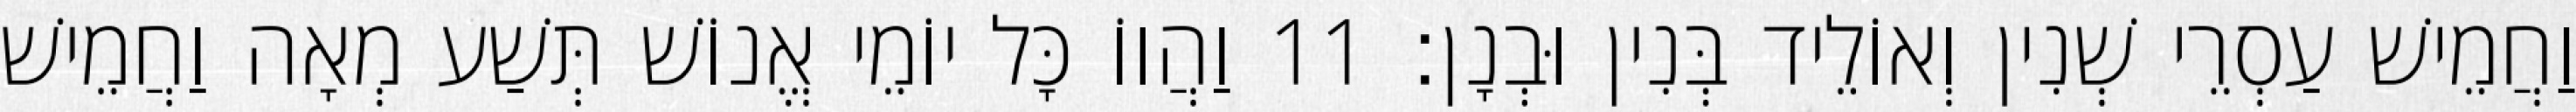
וַחֲמֵישׁ עַסְרֵי שְׁנִין וְאוֹלֵיד בְּנִין וּבְנָן׃ 11 וַהֲווֹ כָּל יוֹמֵי אֱנוֹשׁ תְּשַׁע מְאָה וַחֲמֵישׁ